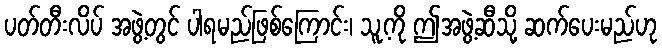
ပတ်တီးလိပ် အဖွဲ့တွင် ပါရမည်ဖြစ်ကြောင်း၊ သူ့ကို ဤအဖွဲ့ဆီသို့ ဆက်ပေးမည်ဟု